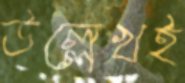
উল্লেখই